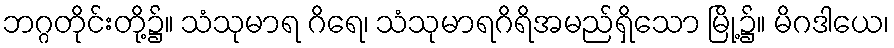
ဘဂ္ဂတိုင်းတို့၌။ သံသုမာရ ဂိရေ၊ သံသုမာရဂိရိအမည်ရှိသော မြို့၌။ မိဂဒါယေ၊